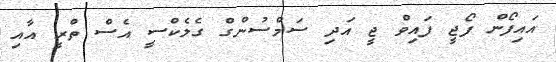
އައިފޯން ފޯޖީ ފައިވް ޖީ އަދި ސަމްސުންގް ގެލެކްސީ އެސް ތްރީ އާއި